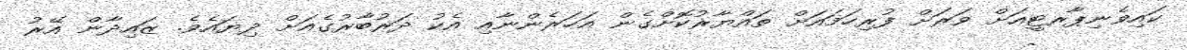
ކައިވެނިޕާރޓީއަށް ވަރަށް ފުރިހަަމައަށް ތައްޔާރުކޮށްގެން އަހަރެންނާއި އެކު ދަރުބާރުގެއަށް ދިޔައެވެ. ޒައިދާން އޭރު